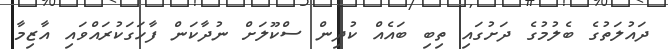
ދައުލަތުގެ ބެލުމުގެ ދަށުގައި ތިބި ބައެއް ކުދިން ސްކޫލަށް ނުދާކަން ފާހަގަކުރައްވައި އާޒިމާ